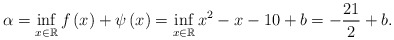
\begin{align*}\alpha = \inf_{x\in\mathbb{R}}f\left(x\right)+\psi\left(x\right)=\inf_{x\in\mathbb{R}}x^{2}-x-10+b=-\frac{21}{2}+b.\end{align*}